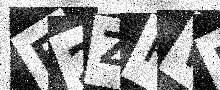
Text: E2ZRWF